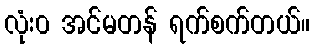
လုံး၀ အင်မတန် ရက်စက်တယ်။